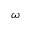
\omega